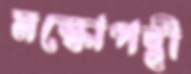
মস্কোপন্থী